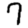
Digit: 7